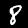
Digit: 8